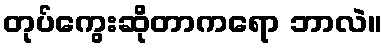
တုပ်ကွေးဆိုတာကရော ဘာလဲ။